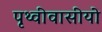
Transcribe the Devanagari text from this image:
पृथ्वीवासीयो